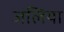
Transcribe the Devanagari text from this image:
जलिया